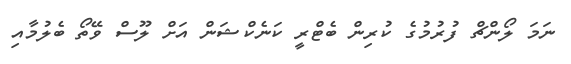
ނަމަ ލޯންޗް ފުރުމުގެ ކުރިން ބެޓްރީ ކަނެކްޝަން އަށް ލޫސް ވޭތޯ ބެލުމާއި